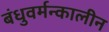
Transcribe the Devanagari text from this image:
बंधुवर्मन्कालीन